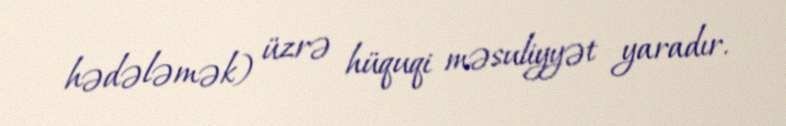
hədələmək) üzrə hüquqi məsuliyyət yaradır.